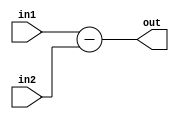
/* Module: sub
 * Description: subtracts 2 numbers
 * Parameters: L1 - length of input 1
 *             L2 - length of input 2
 */

module sub        #(parameter L1 = 8,
                    parameter L2 = 8)
                    
                    (input signed [L1-1:0] in1,
                    input signed [L2-1:0] in2,
                    output wire [((L1>L2)?L1 : L2):0] out);
                    
  assign out = in1 - in2;
endmodule